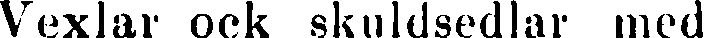
Vexlar ock skuldsedlar med